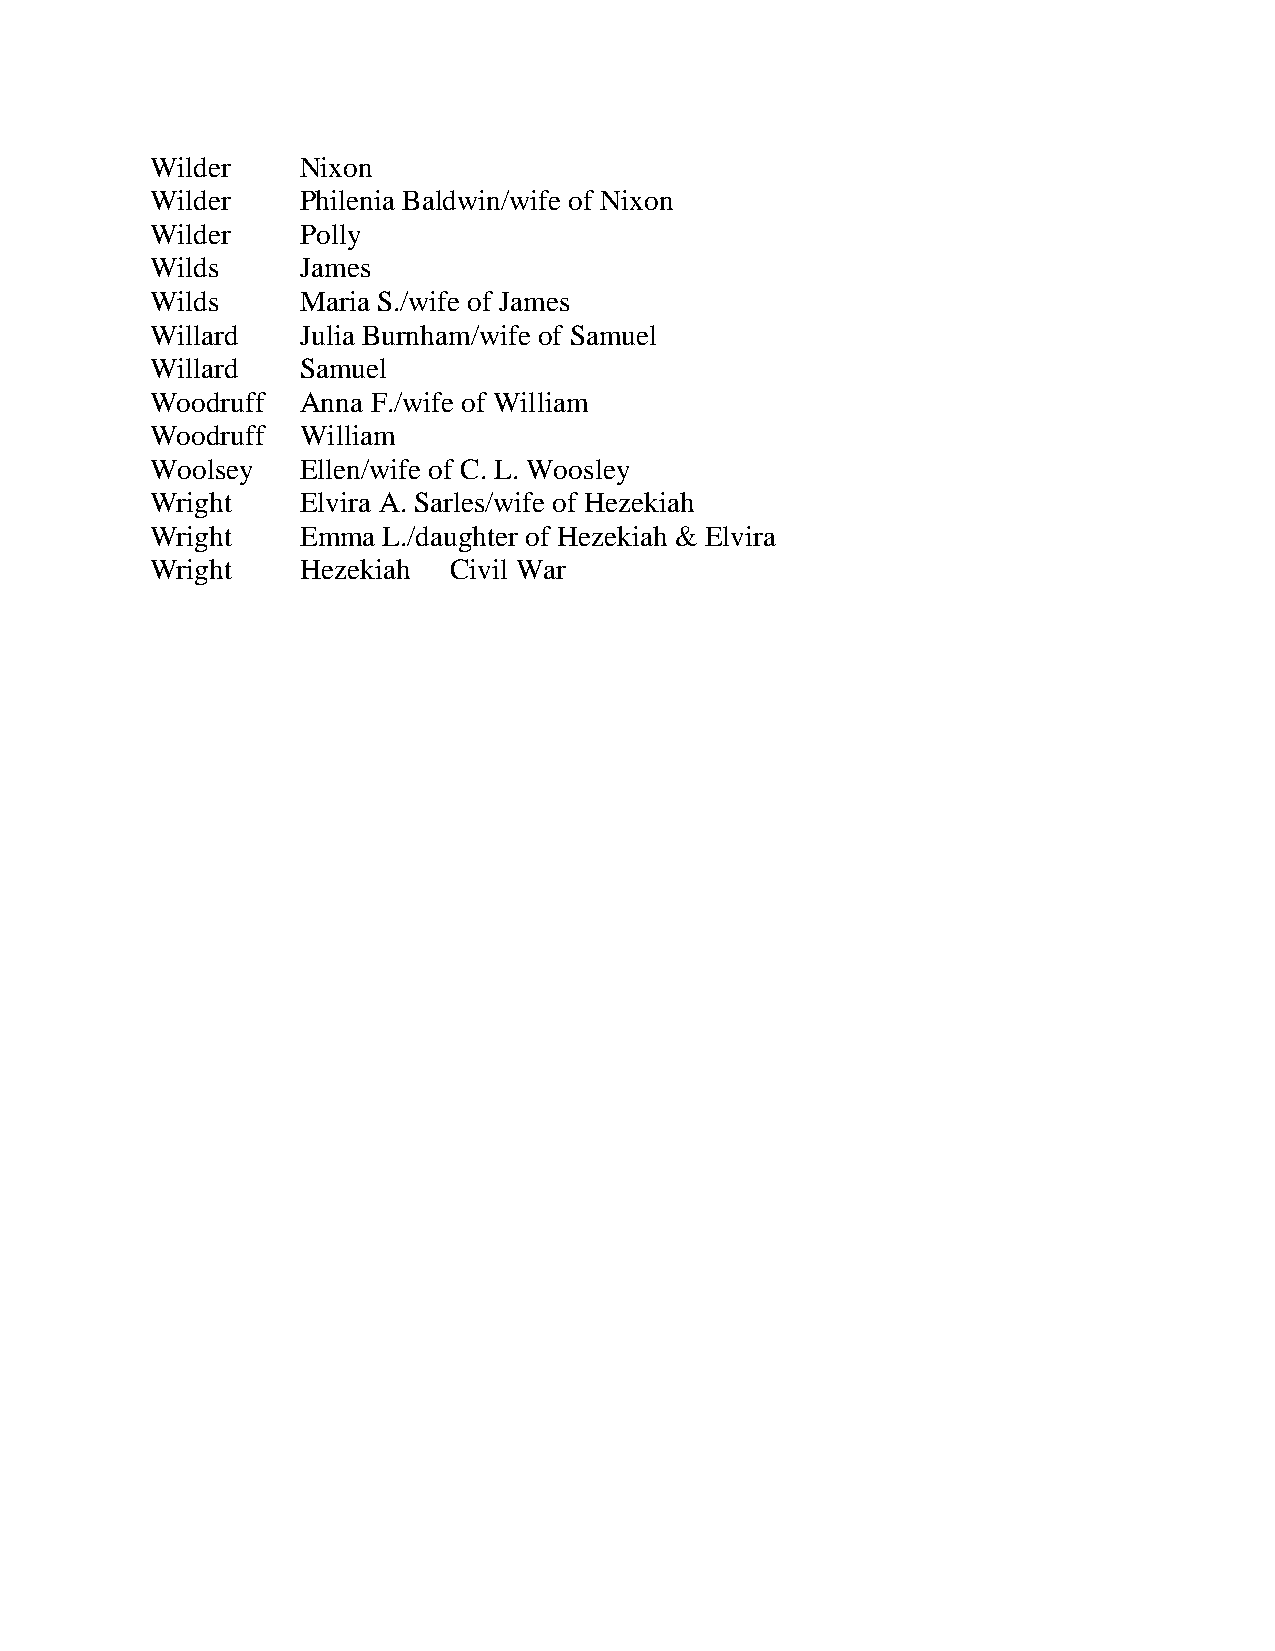
Wilder    Nixon
 Wilder    Philenia Baldwin/wife of Nixon
 Wilder    Polly
 Wilds     James
 Wilds     Maria S./wife of James
 Willard   Julia Burnham/wife of Samuel
 Willard   Samuel
 Woodruff  Anna F./wife of William
 Woodruff  William
 Woolsey   Ellen/wife of C. L. Woosley
 Wright    Elvira A. Sarles/wife of Hezekiah
 Wright    Emma L./daughter of Hezekiah & Elvira
 Wright    Hezekiah  Civil War